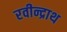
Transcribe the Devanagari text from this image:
रवीन्द्राथ